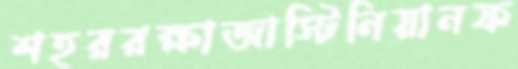
শহররক্ষাজাস্টিনিয়ানফ